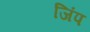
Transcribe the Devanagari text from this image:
जिंप